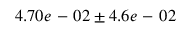
4 . 7 0 e \mathrm { ~ - ~ } 0 2 \pm 4 . 6 e \mathrm { ~ - ~ } 0 2